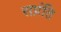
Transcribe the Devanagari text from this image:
सप्रंति